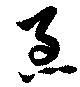
急